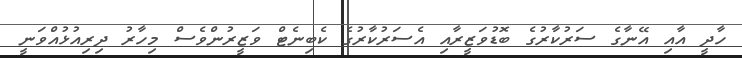
ހާދީ އާއި އޭނާގެ ސަރުކާރުގެ ބޮޑުވަޒީރާއި އެސަރުކާރުގެ ކެބިނެޓް ވަޒީރުންވެސް މިހާރު ދިރިއުޅުއްވަނީ